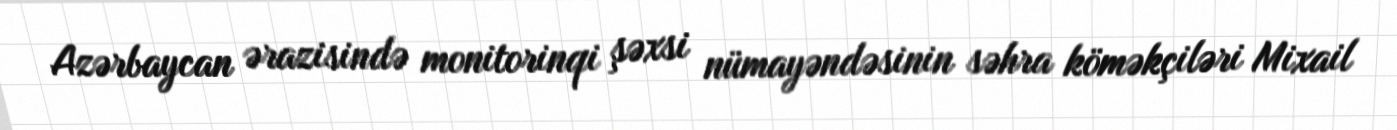
Azərbaycan ərazisində monitorinqi şəxsi nümayəndəsinin səhra köməkçiləri Mixail